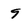
Character: 9